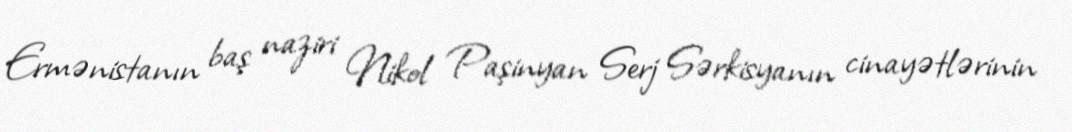
Ermənistanın baş naziri Nikol Paşinyan Serj Sərkisyanın cinayətlərinin